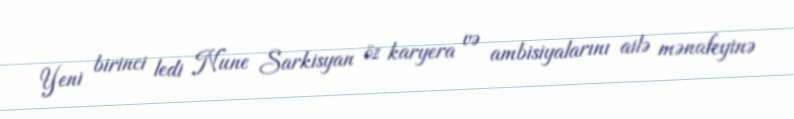
Yeni birinci ledi Nune Sarkisyan öz karyera və ambisiyalarını ailə mənafeyinə